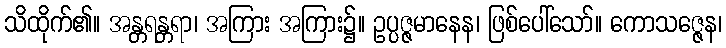
သိထိုက်၏။ အန္တရန္တရာ၊ အကြား အကြား၌။ ဥပ္ပဇ္ဇမာနေန၊ ဖြစ်ပေါ်သော်။ ကောသဇ္ဇေန၊